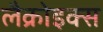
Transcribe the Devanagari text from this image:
लैक्रोइक्स